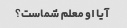
آیا او معلم شماست؟